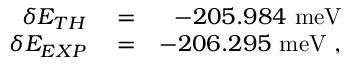
\begin{array} { r l r } { \delta E _ { T H } } & { { } = } & { - 2 0 5 . 9 8 4 \ \mathrm { m e V } } \\ { \delta E _ { E X P } } & { { } = } & { - 2 0 6 . 2 9 5 \ \mathrm { m e V } \ , } \end{array}